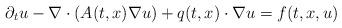
LaTeX: \begin{align*} \partial_{t} u - \nabla \cdot(A(t,x) \nabla u)+q(t,x)\cdot\nabla u=f(t,x,u)\end{align*}